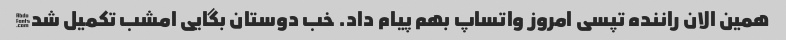
همین الان راننده تپسی امروز واتساپ بهم پیام داد. خب دوستان بگایی امشب تکمیل شد✅